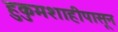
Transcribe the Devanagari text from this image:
हुकुमशाहीपासून